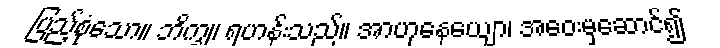
ပြည့်စုံသော။ ဘိက္ခု၊ ရဟန်းသည်။ အာဟုနေယျော၊ အဝေးမှဆောင်၍